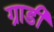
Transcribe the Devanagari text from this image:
ग्राडी